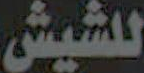
للشيش